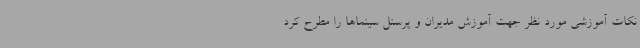
نکات آموزشی مورد نظر جهت آموزش مدیران و پرسنل سینماها را مطرح کرد